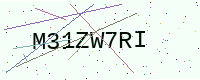
Text: M31ZW7RI